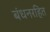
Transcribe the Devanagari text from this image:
बंधनरहित